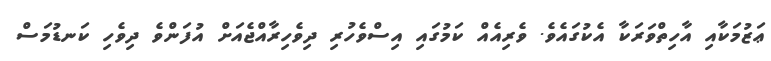
ޢަޒުމަކާއި އާހިތްވަރަކާ އެކުގައެވެ. ވެރިއެއް ކަމުގައި އިސްވެހުރި ދިވެހިރާއްޖެއަށް އުފަންވެ ދިވެހި ކަނޑުމަސް